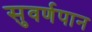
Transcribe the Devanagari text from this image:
सुवर्णपान